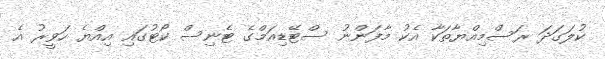
ކުލަގަދަ ރަސްމިއްޔާތަކާ އެކު މާފަންނު ސްޓޭޑިއަމްގެ ޓެނިސް ކޯޓުގައި އިއްޔެ ހަވީރު އެ